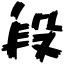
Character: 段